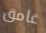
غامق